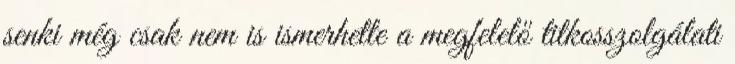
senki még csak nem is ismerhette a megfelelő titkosszolgálati